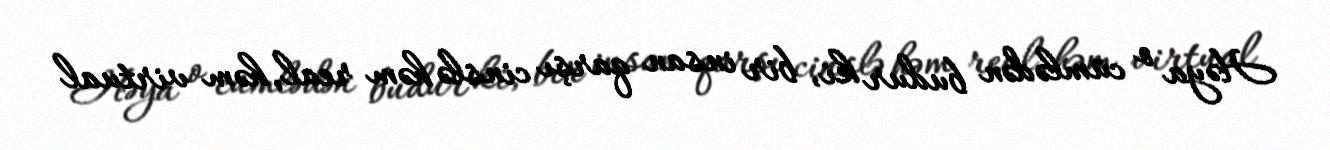
Həya o cümlədən budur ki, bir insan qarşı cinslə həm real, həm virtual